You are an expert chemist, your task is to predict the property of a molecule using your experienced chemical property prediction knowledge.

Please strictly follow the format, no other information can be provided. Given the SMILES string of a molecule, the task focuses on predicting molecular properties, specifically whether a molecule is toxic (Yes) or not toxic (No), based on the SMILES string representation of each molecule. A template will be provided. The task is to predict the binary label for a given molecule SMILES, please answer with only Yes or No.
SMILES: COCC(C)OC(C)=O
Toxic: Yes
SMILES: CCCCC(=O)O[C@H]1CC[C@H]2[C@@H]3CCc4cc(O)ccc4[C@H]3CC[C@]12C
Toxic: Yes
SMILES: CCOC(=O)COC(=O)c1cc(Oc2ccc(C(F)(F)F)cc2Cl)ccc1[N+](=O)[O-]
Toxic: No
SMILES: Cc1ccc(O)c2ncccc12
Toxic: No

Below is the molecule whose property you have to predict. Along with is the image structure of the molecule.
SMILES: Cc1nn(C)c(Oc2ccccc2)c1/C=N/OCc1ccc(C(=O)OC(C)(C)C)cc1
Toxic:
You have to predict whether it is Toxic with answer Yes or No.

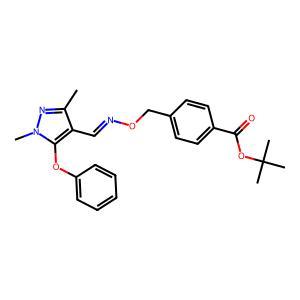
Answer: No